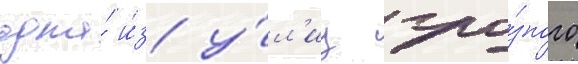
одна́ и́з у́л'иц гро́зного